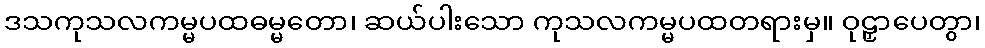
ဒသကုသလကမ္မပထဓမ္မတော၊ ဆယ်ပါးသော ကုသလကမ္မပထတရားမှ။ ဝုဠှာပေတွာ၊